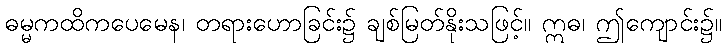
ဓမ္မကထိကပေမေန၊ တရားဟောခြင်း၌ ချစ်မြတ်နိုးသဖြင့်။ ဣဓ၊ ဤကျောင်း၌။